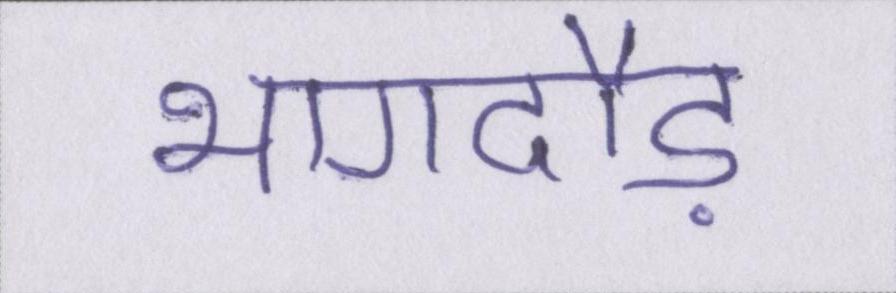
भागदौड़